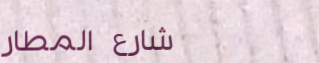
شارع المطار